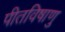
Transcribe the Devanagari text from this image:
पीतविषाणु